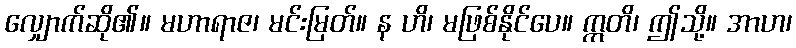
လျှောက်ဆို၏။ မဟာရာဇ၊ မင်းမြတ်။ န ဟိ၊ မဖြစ်နိုင်ပေ။ ဣတိ၊ ဤသို့။ အာဟ၊